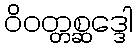
ဝိဝတ္တစ္ဆဒ္ဒေါ